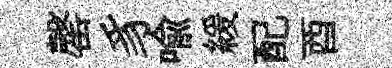
罄豸喩緩配酉